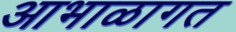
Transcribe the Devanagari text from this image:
आभाळागत